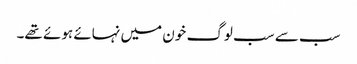
سب سے سب لوگ خون میں نہائے ہوئے تھے۔